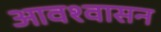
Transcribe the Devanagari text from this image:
आवश्‍वासन